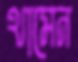
থামেন